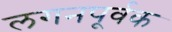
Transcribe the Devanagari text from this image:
लगनपूर्वक